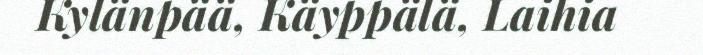
Kylänpää, Käyppälä, Laihia